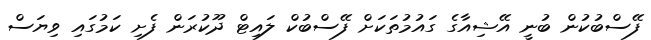
ފޭސްބުކުން ބުނީ އޭޝިއާގެ ގައުމުތަކަށް ފޭސްބުކް ލައިޓް ދޫކުރަން ފެށި ކަމުގައި ވިޔަސް